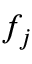
f _ { j }